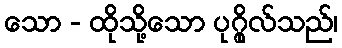
သော - ထိုသို့သော ပုဂ္ဂိုလ်သည်၊